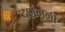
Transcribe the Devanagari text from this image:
दर्शननी